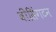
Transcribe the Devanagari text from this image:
वीसिंगटन